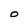
Character: O